Senior Leaving Certificate Examination (including Day School Certificate (Higher) General paper), 1946
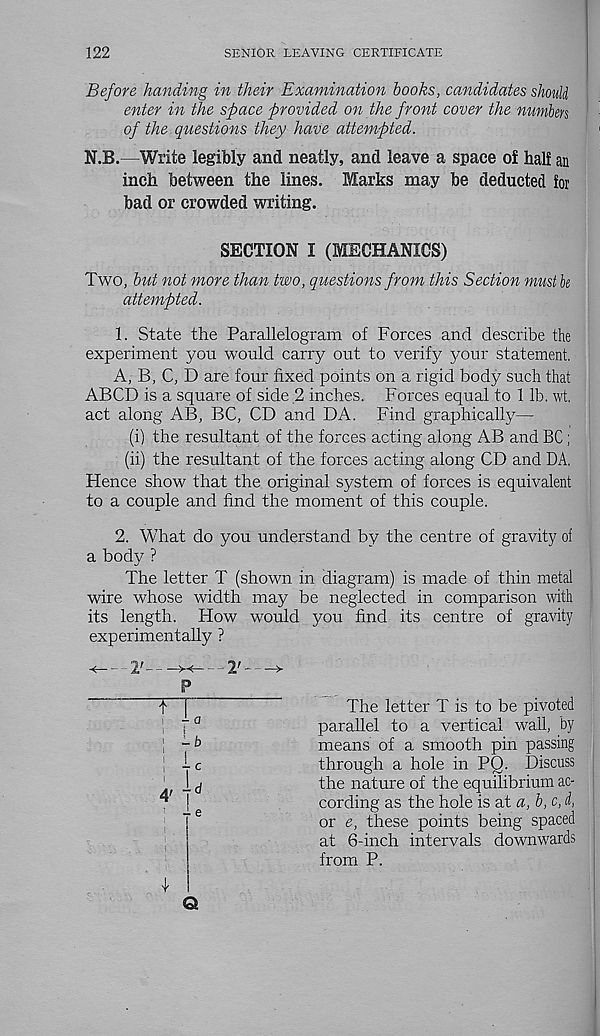
122
SENIOR LEAVING CERTIFICATE
Before handing in their Examination books, candidates should
enter in the space provided on the front cover the numbers
of the questions they have attempted.
N.B.—Write legibly and neatly, and leave a space of half an
inch between the lines. Marks may be deducted for
bad or crowded writing.
SECTION I (MECHANICS)
Two, but not more than two, questions from this Section must be
attempted.
1. State the Parallelogram of Forces and describe the
experiment you would carry out to verify your statement.
A, B, C, D are four fixed points on a rigid body such that
ABCD is a square of side 2 inches. Forces equal to 1 lb. wt.
act along AB, BC, CD and DA. Find graphically—
(i) the resultant of the forces acting along AB and BC;
(ii) the resultant of the forces acting along CD and DA.
Flence show that the original system of forces is equivalent
to a couple and find the moment of this couple.
2. What do you understand by the centre of gravity of
a body ?
The letter T (shown in diagram) is made of thin metal
wire whose width may be neglected in comparison with
its length. Flow would you find its centre of gravity
The letter T is to be pivoted
parallel to a vertical wail, by
means of a smooth pin passing
through a hole in PQ. Discuss
the nature of the equilibrium ac-
cording as the hole is at a, b, c, d,
or e, these points being spaced
at 6-inch intervals downwards
from P.
experimentally ?
2'
2'~
P
TT
- 0
I
lb
4 ,j;
-■ e
Q